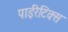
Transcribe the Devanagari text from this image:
पाईरेटिक्स